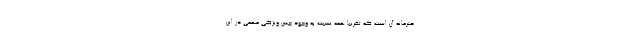
حترمانه آن است که تقریباً همه نسبت به وجود چنین ویژگی مهمی در این